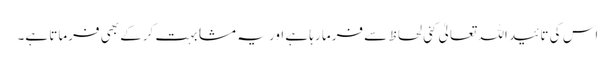
اس کی تائید اللہ تعالیٰ کئی لحاظ سے فرما رہا ہے اور یہ مشابہت کرکے بھی فرماتا ہے۔